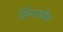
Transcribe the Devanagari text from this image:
सिंगलमैन